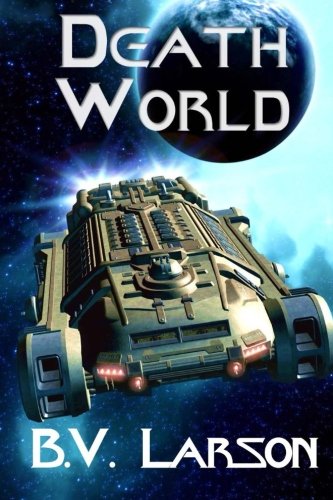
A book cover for Death World (Undying Mercenaries Series) (Volume 5); B. V. Larson; Science Fiction & Fantasy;